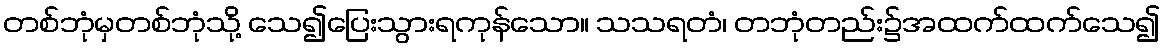
တစ်ဘုံမှတစ်ဘုံသို့ သေ၍ပြေးသွားရကုန်သော။ သသရတံ၊ တဘုံတည်း၌အထက်ထက်သေ၍